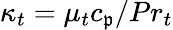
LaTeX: \kappa_{t}=\mu_{t}c_{\mathfrak{p}}/Pr_{t}